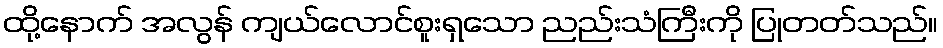
ထို့နောက် အလွန် ကျယ်လောင်စူးရှသော ညည်းသံကြီးကို ပြုတတ်သည်။